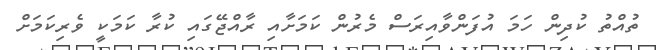
ތުއްތު ކުދިން ހަމަ އުފަންވާއިރަސް މެރުން ކަމަށާއި ރާއްޖޭގައި ކުރާ ކަމަކީ ވެރިކަމަށް